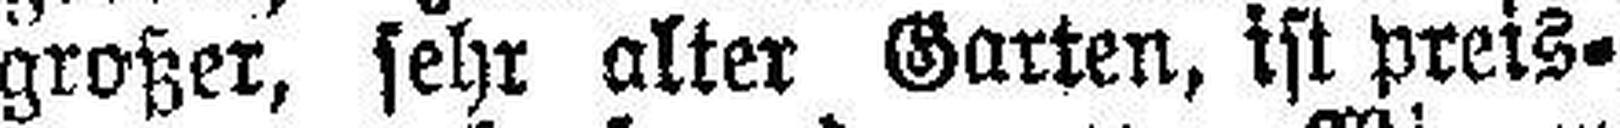
großer, sehr alter Garten, ist preis¬